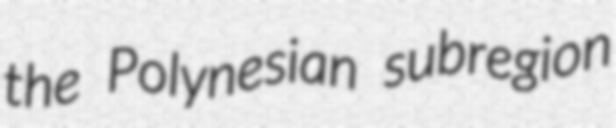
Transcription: the Polynesian subregion